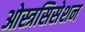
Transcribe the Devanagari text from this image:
ओस्त्रसिसेशन